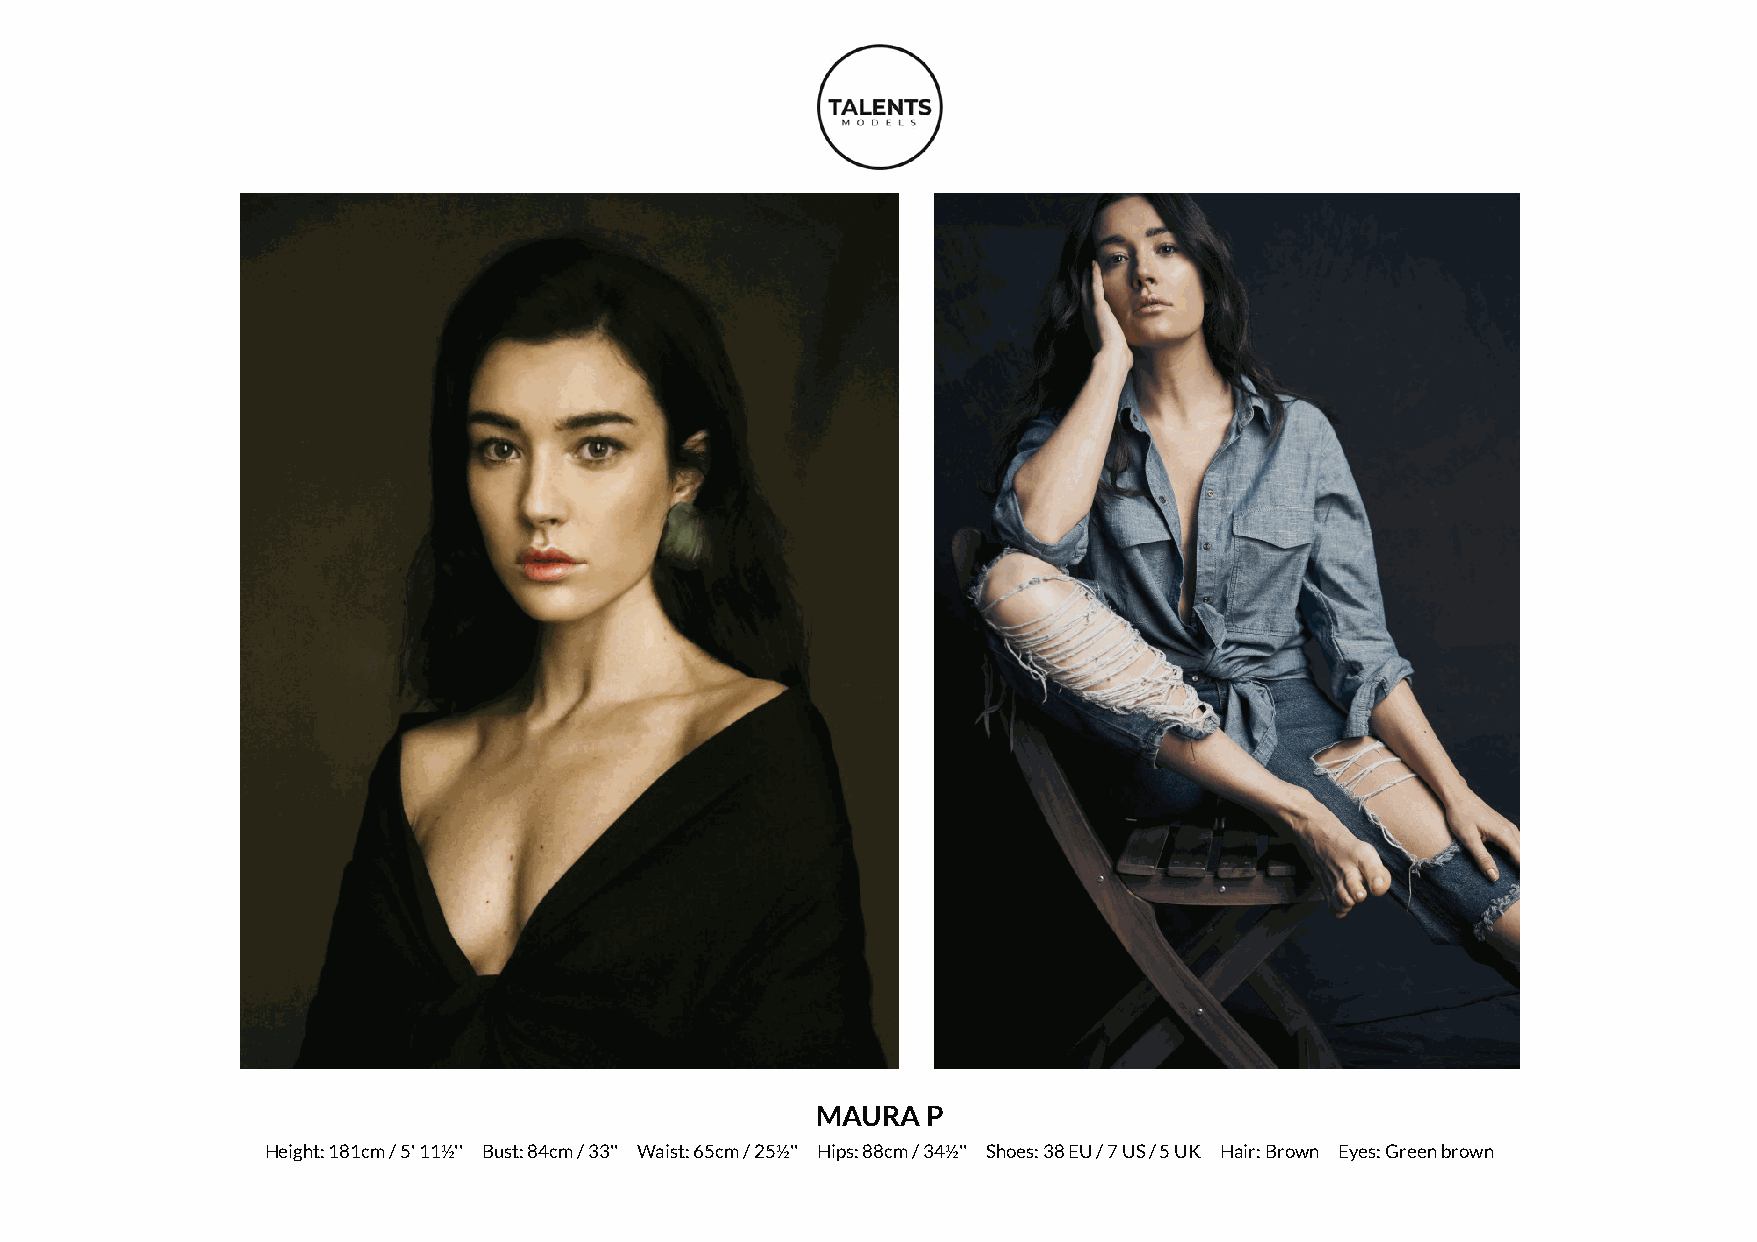
MAURA  P
 Height: 181cm / 5' 11½'' Bust: 84cm / 33'' Waist: 65cm / 25½'' Hips: 88cm / 34½'' Shoes: 38 EU / 7 US / 5 UK Hair: Brown Eyes: Green brown